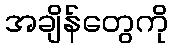
အချိန်တွေကို